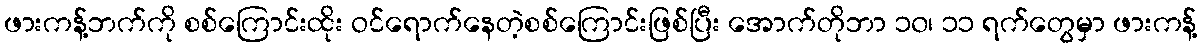
ဖားကန့်ဘက်ကို စစ်ကြောင်းထိုး ဝင်ရောက်နေတဲ့စစ်ကြောင်းဖြစ်ပြီး အောက်တိုဘာ ၁၀၊ ၁၁ ရက်တွေမှာ ဖားကန့်